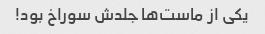
یکی از ماست‌ها جلدش سوراخ بود!